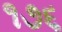
૧૭૬